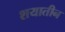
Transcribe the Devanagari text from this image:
शयातीन